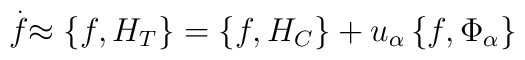
\stackrel{.}{f}\approx \left\{ f,H_T\right\} =\left\{ f,H_C\right\}+u_\alpha \left\{ f,\Phi _\alpha \right\}